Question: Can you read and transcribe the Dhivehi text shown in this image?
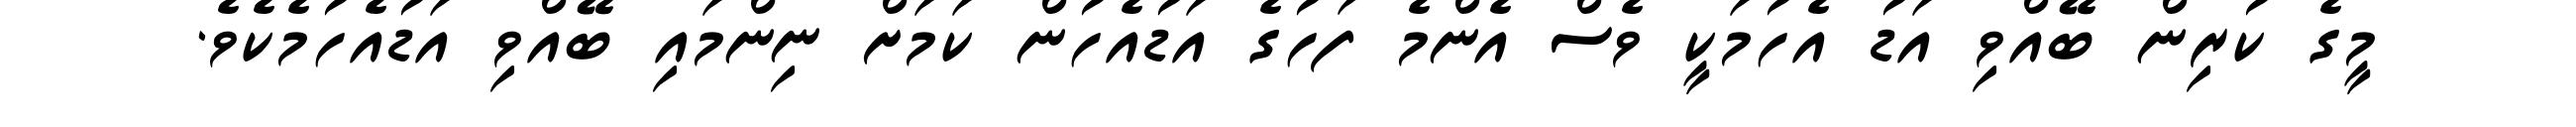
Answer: މީގެ ކުރިން ބޭއްވި އަޑު އެހުމަކީ ވެސް އެންމެ ފަހުގެ އަޑުއެހުން ކަމަށް ނިންމައި ބޭއްވި އަޑުއެހުމެކެވެ.